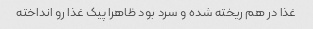
غذا در هم ریخته شده و سرد بود ظاهرا پیک غذا رو انداخته